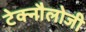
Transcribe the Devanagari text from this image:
टेक्नौलोजी